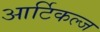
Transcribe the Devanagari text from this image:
आर्टिकल्ज